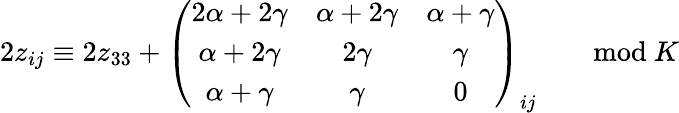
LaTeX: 2z_{ij}\equiv 2z_{33}+\left(\begin{array}{ccc}{{2\alpha+2\gamma}}&{{\alpha+2\gamma}}&{{\alpha+\gamma}}\\ {{\alpha+2\gamma}}&{{2\gamma}}&{{\gamma}}\\ {{\alpha+\gamma}}&{{\gamma}}&{{0}}\end{array}\right)_{ij}\qquad\mathrm{mod}\ K